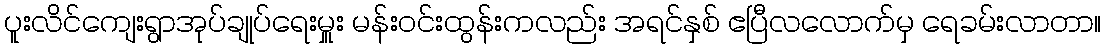
ပူးလိင်ကျေးရွာအုပ်ချုပ်ရေးမှူး မန်းဝင်းထွန်းကလည်း အရင်နှစ် ဧပြီလလောက်မှ ရေခမ်းလာတာ။